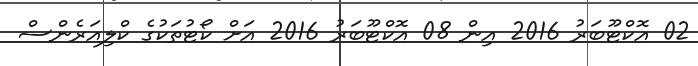
02 އޮކްޓޫބަރު 2016 އިން 08 އޮކްޓޫބަރު 2016 އަށް ކޯޓުތަކުގެ ކްލިއަރެންސް